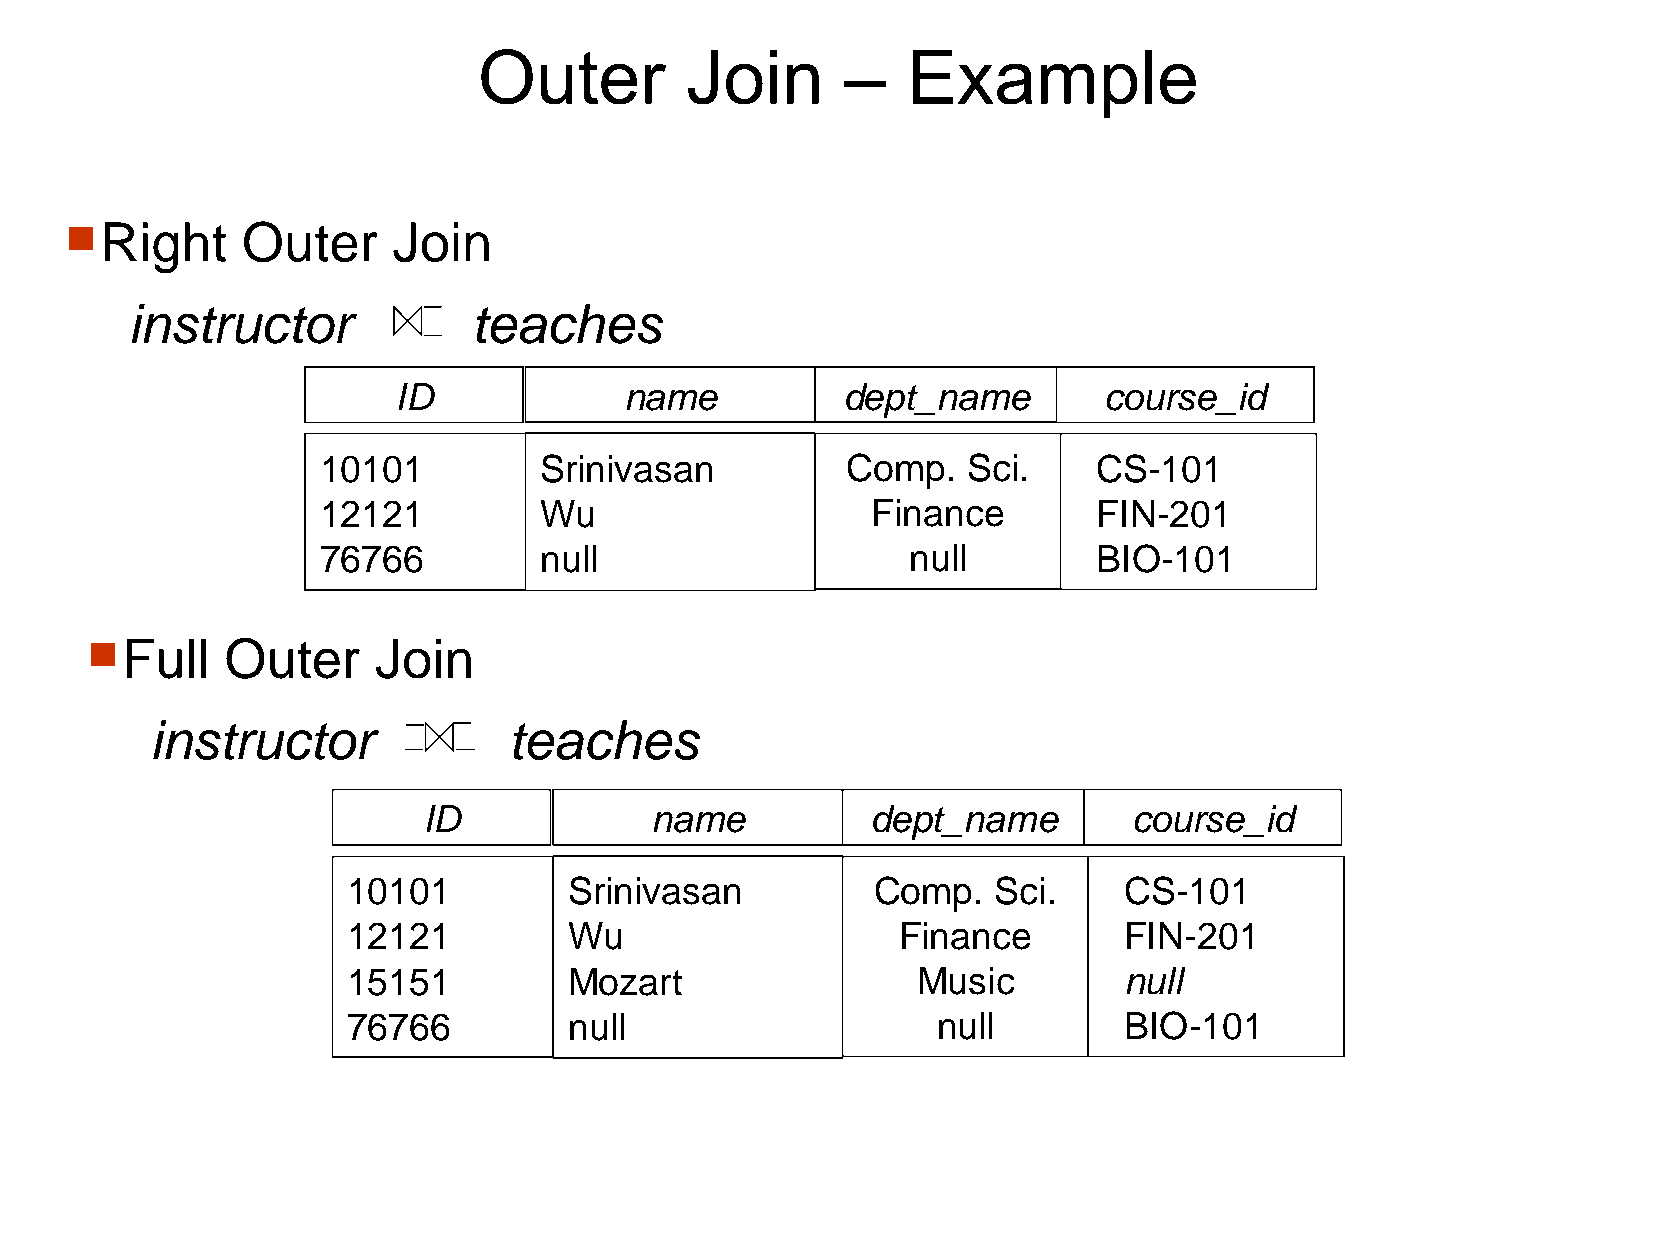
Outer        Join       –   Example
 n  Right    Outer     Join
 instructor             teaches
 ID             name           dept_name        course_id
 10101          Srinivasan          Comp.   Sci.     CS-101
 12121          Wu                    Finance        FIN-201
 76766          null                    null         BIO-101
 n Full   Outer     Join
 instructor              teaches
 ID             name           dept_name        course_id
 10101          Srinivasan          Comp.   Sci.    CS-101
 12121          Wu                   Finance        FIN-201
 15151          Mozart                 Music        null
 76766          null                    null        BIO-101